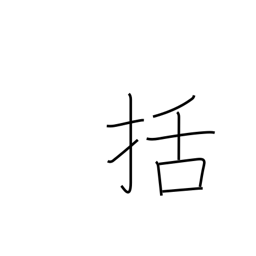
Meaning: fasten